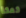
كعكة